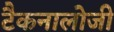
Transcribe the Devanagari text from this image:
टैकनालोजी